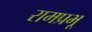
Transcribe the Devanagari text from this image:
रामप्रभू